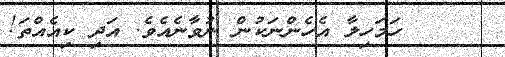
٢٠     ހަމަހިލާ އެހެންނަކުން ނުވާނެއެވެ. އަދި ކިއެއްތަ!